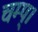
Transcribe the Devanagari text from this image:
चम्प्।